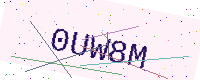
Text: 0UW8M